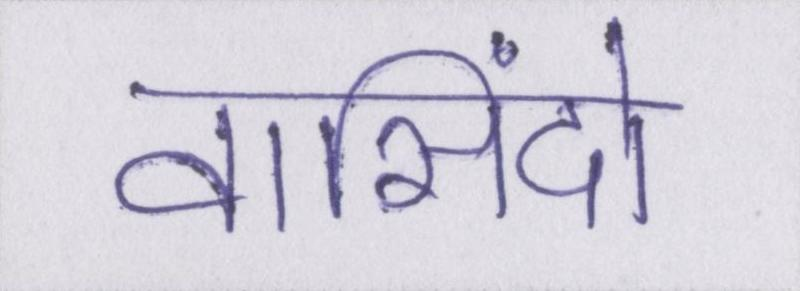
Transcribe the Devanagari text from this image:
वासिंदो